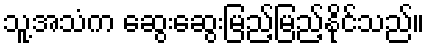
သူ့အသံက ဆွေးဆွေးမြည့်မြည့်နိုင်သည်။